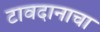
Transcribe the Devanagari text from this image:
टावदानाचा